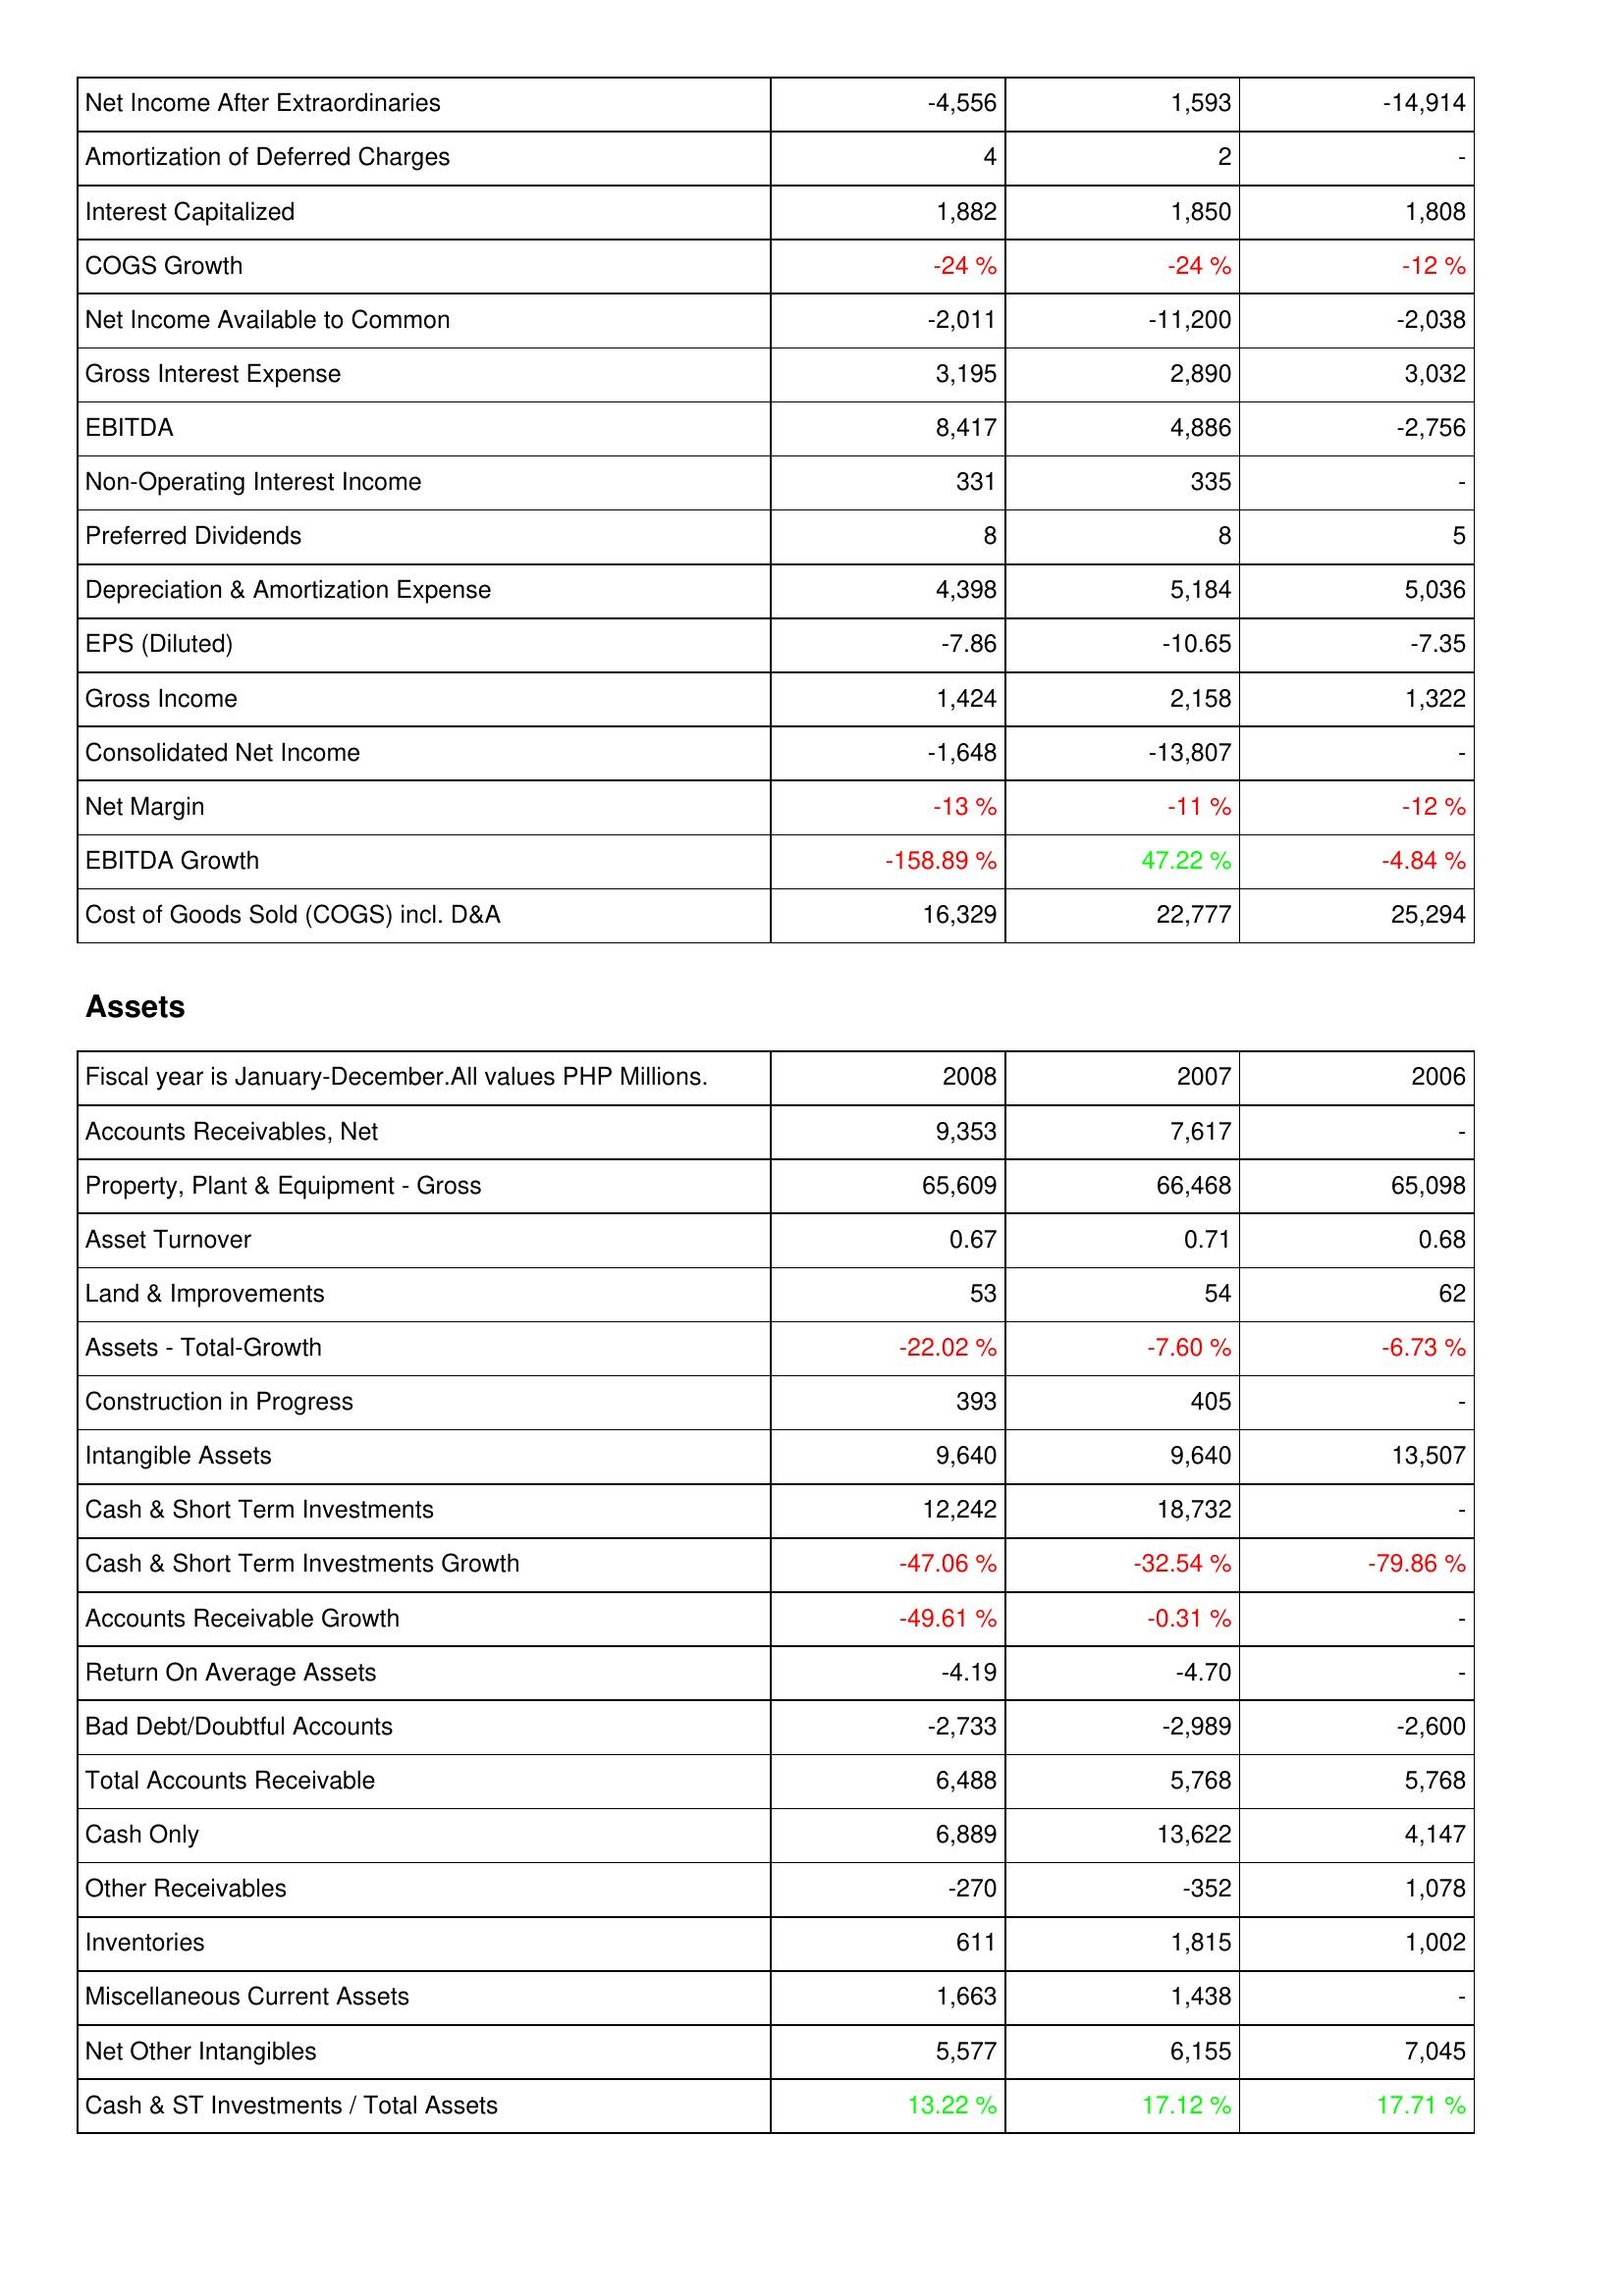
2008: Income Statement: Net Income After Extraordinaries: -4,556
Amortization of Deferred Charges: 4
Interest Capitalized: 1,882
COGS Growth: -24 %
Net Income Available to Common: -2,011
Gross Interest Expense: 3,195
EBITDA: 8,417
Non-Operating Interest Income: 331
Preferred Dividends: 8
Depreciation & Amortization Expense: 4,398
EPS (Diluted): -7.86
Gross Income: 1,424
Consolidated Net Income: -1,648
Net Margin: -13 %
EBITDA Growth: -158.89 %
Cost of Goods Sold (COGS) incl. D&A: 16,329
Assets: Accounts Receivables, Net: 9,353
Property, Plant & Equipment - Gross: 65,609
Asset Turnover: 0.67
Land & Improvements: 53
Assets - Total-Growth: -22.02 %
Construction in Progress: 393
Intangible Assets: 9,640
Cash & Short Term Investments: 12,242
Cash & Short Term Investments Growth: -47.06 %
Accounts Receivable Growth: -49.61 %
Return On Average Assets: -4.19
Bad Debt/Doubtful Accounts: -2,733
Total Accounts Receivable: 6,488
Cash Only: 6,889
Other Receivables: -270
Inventories: 611
Miscellaneous Current Assets: 1,663
Net Other Intangibles: 5,577
Cash & ST Investments / Total Assets: 13.22 %
2007: Income Statement: Net Income After Extraordinaries: 1,593
Amortization of Deferred Charges: 2
Interest Capitalized: 1,850
COGS Growth: -24 %
Net Income Available to Common: -11,200
Gross Interest Expense: 2,890
EBITDA: 4,886
Non-Operating Interest Income: 335
Preferred Dividends: 8
Depreciation & Amortization Expense: 5,184
EPS (Diluted): -10.65
Gross Income: 2,158
Consolidated Net Income: -13,807
Net Margin: -11 %
EBITDA Growth: 47.22 %
Cost of Goods Sold (COGS) incl. D&A: 22,777
Assets: Accounts Receivables, Net: 7,617
Property, Plant & Equipment - Gross: 66,468
Asset Turnover: 0.71
Land & Improvements: 54
Assets - Total-Growth: -7.60 %
Construction in Progress: 405
Intangible Assets: 9,640
Cash & Short Term Investments: 18,732
Cash & Short Term Investments Growth: -32.54 %
Accounts Receivable Growth: -0.31 %
Return On Average Assets: -4.70
Bad Debt/Doubtful Accounts: -2,989
Total Accounts Receivable: 5,768
Cash Only: 13,622
Other Receivables: -352
Inventories: 1,815
Miscellaneous Current Assets: 1,438
Net Other Intangibles: 6,155
Cash & ST Investments / Total Assets: 17.12 %
2006: Income Statement: Net Income After Extraordinaries: -14,914
Amortization of Deferred Charges: -
Interest Capitalized: 1,808
COGS Growth: -12 %
Net Income Available to Common: -2,038
Gross Interest Expense: 3,032
EBITDA: -2,756
Non-Operating Interest Income: -
Preferred Dividends: 5
Depreciation & Amortization Expense: 5,036
EPS (Diluted): -7.35
Gross Income: 1,322
Consolidated Net Income: -
Net Margin: -12 %
EBITDA Growth: -4.84 %
Cost of Goods Sold (COGS) incl. D&A: 25,294
Assets: Accounts Receivables, Net: -
Property, Plant & Equipment - Gross: 65,098
Asset Turnover: 0.68
Land & Improvements: 62
Assets - Total-Growth: -6.73 %
Construction in Progress: -
Intangible Assets: 13,507
Cash & Short Term Investments: -
Cash & Short Term Investments Growth: -79.86 %
Accounts Receivable Growth: -
Return On Average Assets: -
Bad Debt/Doubtful Accounts: -2,600
Total Accounts Receivable: 5,768
Cash Only: 4,147
Other Receivables: 1,078
Inventories: 1,002
Miscellaneous Current Assets: -
Net Other Intangibles: 7,045
Cash & ST Investments / Total Assets: 17.71 %